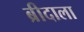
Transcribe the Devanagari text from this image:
ब्रीदाला